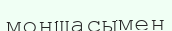
моншасымен